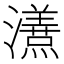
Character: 𭳦